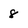
Character: 8